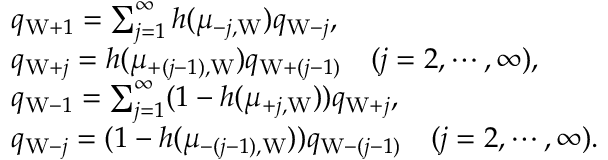
\begin{array} { r l } & { q _ { \mathrm { W } + 1 } = \sum _ { j = 1 } ^ { \infty } h ( \mu _ { - j , \mathrm { W } } ) q _ { \mathrm { W } - j } , } \\ & { q _ { \mathrm { W } + j } = h ( \mu _ { + ( j - 1 ) , \mathrm { W } } ) q _ { \mathrm { W } + ( j - 1 ) } \quad ( j = 2 , \cdots , \infty ) , } \\ & { q _ { \mathrm { W } - 1 } = \sum _ { j = 1 } ^ { \infty } ( 1 - h ( \mu _ { + j , \mathrm { W } } ) ) q _ { \mathrm { W } + j } , } \\ & { q _ { \mathrm { W } - j } = ( 1 - h ( \mu _ { - ( j - 1 ) , \mathrm { W } } ) ) q _ { \mathrm { W } - ( j - 1 ) } \quad ( j = 2 , \cdots , \infty ) . } \end{array}